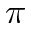
\pi